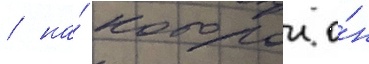
/ на́ которои о́н